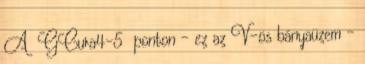
A GCura4-5 ponton - ez az V-ös bányaüzem -